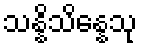
သန္နိသိန္နေသု